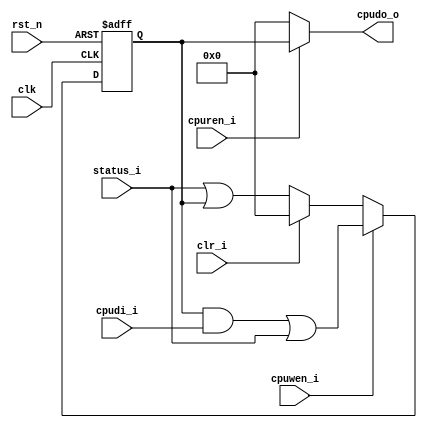
//////////////////////////////////////////////////////////////////////////////////
// Company     : XnonymouX
//
// Description : Latching interrupt status of the design.
// History (Date, Changed By)
//
//////////////////////////////////////////////////////////////////////////////////
module int_status_reg
    (
     clk,
     rst_n,
     //--------------------------------------
     //cpu access
     cpuren_i, //read enable
     cpuwen_i, //write enable
     cpudi_i,// Input data from CPU
     cpudo_o,// Output data for CPU
     //--------------------------------------
     //Status signal from IP
     status_i,
     //--------------------------------------
     //Clear
     clr_i
     );
//-----------------------------------------------------------------------------
//Parameter	 
parameter DW = 8;
parameter RST_VAL = {DW{1'b0}};
//-----------------------------------------------------------------------------
//Port
input                     clk;
input                     rst_n;
input                     cpuren_i;  
input                     cpuwen_i; 
input   [DW-1:0]          cpudi_i; 
output  [DW-1:0]          cpudo_o;

input  [DW-1:0]           status_i;
input	                  clr_i;
//-----------------------------------------------------------------------------
//Internal variable
wire  [DW-1:0] 	          sts_or_latch_sts;
wire  [DW-1:0]            wdata_or_sts;
reg   [DW-1:0] 	          latch_status;
wire  [DW-1:0]            nxt_latch_status;

//-----------------------------------------------------------------------------
//Logic implementation
assign sts_or_latch_sts = status_i | latch_status;
assign wdata_or_sts = (latch_status & cpudi_i) | status_i;// write 0 to clear
assign nxt_latch_status = cpuwen_i ? wdata_or_sts : 
                          clr_i ? {DW{1'b0}} :
                          sts_or_latch_sts;
assign cpudo_o = cpuren_i ? latch_status : {DW{1'b0}};

always @(posedge clk or negedge rst_n)
    begin
    if(!rst_n)   
        latch_status <= RST_VAL;
    else  
        latch_status <= nxt_latch_status; 
    end 
	
endmodule